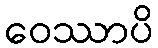
ဝေဿာပိ